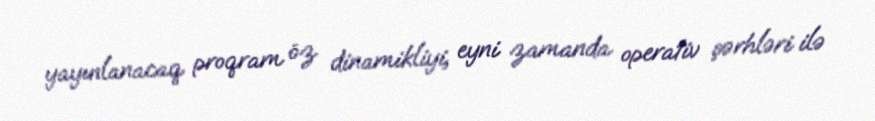
yayınlanacaq proqram öz dinamikliyi, eyni zamanda operativ şərhləri ilə